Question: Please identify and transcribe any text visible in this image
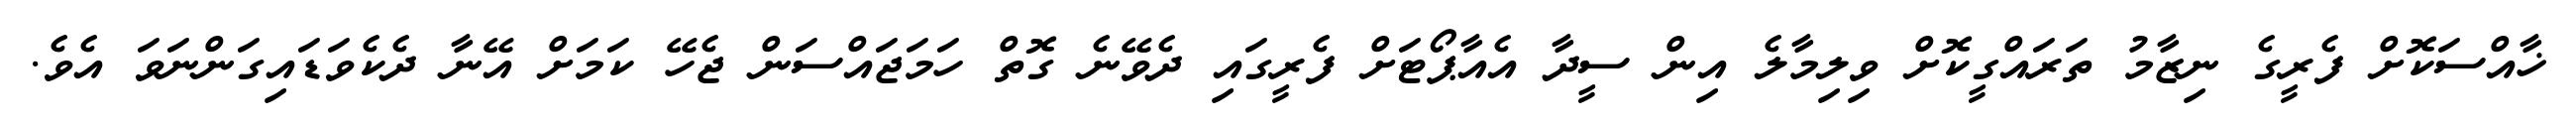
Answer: ޚާއްސަކޮށް ފެރީގެ ނިޒާމު ތަރައްގީކޮށް ވިލިމާލެ އިން ސީދާ އެއާޕޯޓަށް ފެރީގައި ދެވޭނެ ގޮތް ހަމަޖައްސަން ޖެހޭ ކަމަށް އޭނާ ދެކެވަޑައިގަންނަވަ އެވެ.